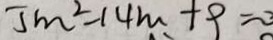
5 m ^ { 2 } - 1 4 m + 9 = 3